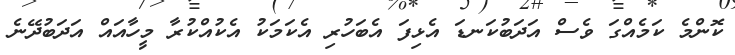
ކޮންމެ ކަމެއްގަ ވެސް އަދަބުކަނޑަ އެޅިފަ އެބަހުރި އެކަމަކު އެކުއްކުރާ މީހާއައް އަދަބުދޭނެ